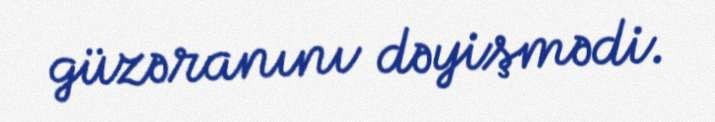
güzəranını dəyişmədi.